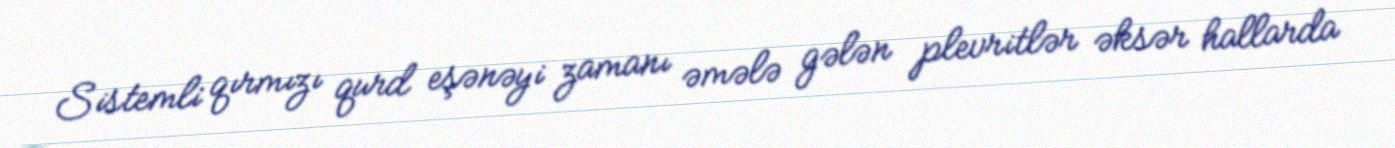
Sistemli qırmızı qurd eşənəyi zamanı əmələ gələn plevritlər əksər hallarda